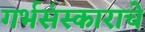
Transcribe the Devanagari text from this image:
गर्भसंस्काराचे